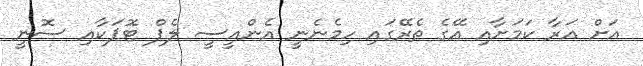
އަށް އަރާ ކަމަށާއި އޭގެ ތެރޭގައި ހިމެނެނީ އެންއީސީ ލެޕް ޓޮޕަކާއި ސޮނީ